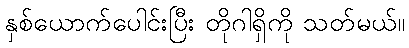
နှစ်ယောက်ပေါင်းပြီး တိုဂါရှိကို သတ်မယ်။